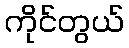
ကိုင်တွယ်